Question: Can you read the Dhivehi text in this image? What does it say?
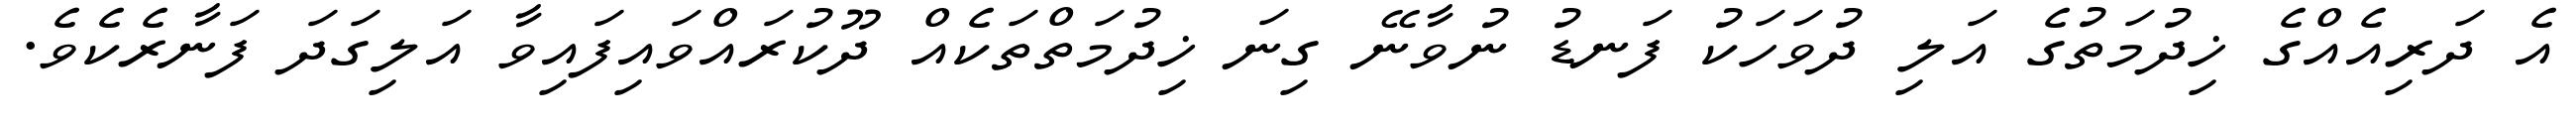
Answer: އެ ދަރިއެއްގެ ޚިދުމަތުގެ އަލި ދުވަހަކު ފަނޑު ނުވާނޭ ގިނަ ޚިދުމަތްތަކެއް ދޫކުރައްވައިފައިވާ އަލިގަދަ ފަނާރެކެވެ.